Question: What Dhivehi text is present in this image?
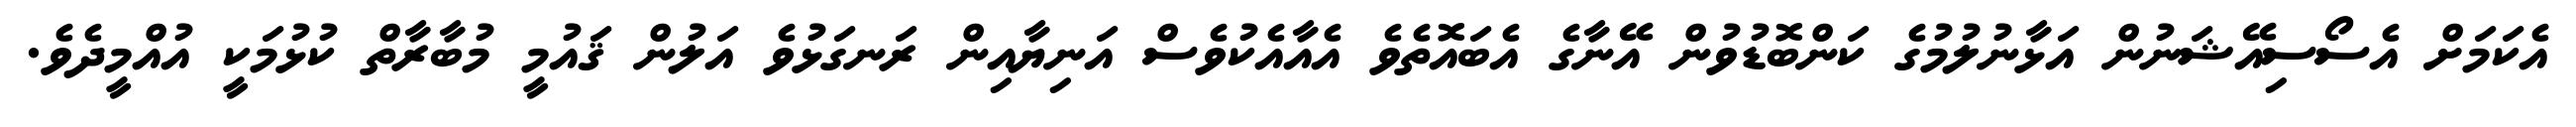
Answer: އެކަމަށް އެސޯސިއޭޝަނުން އަޅާނުލުމުގެ ކަންބޮޑުވުން އޭނާގެ އެބައޮތެވެ އެއާއެކުވެސް އަނިޔާއިން ރަނގަޅުވެ އަލުން ޤައުމީ މުބާރާތް ކުޅުމަކީ އުއްމީދެވެ.